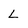
Character: L